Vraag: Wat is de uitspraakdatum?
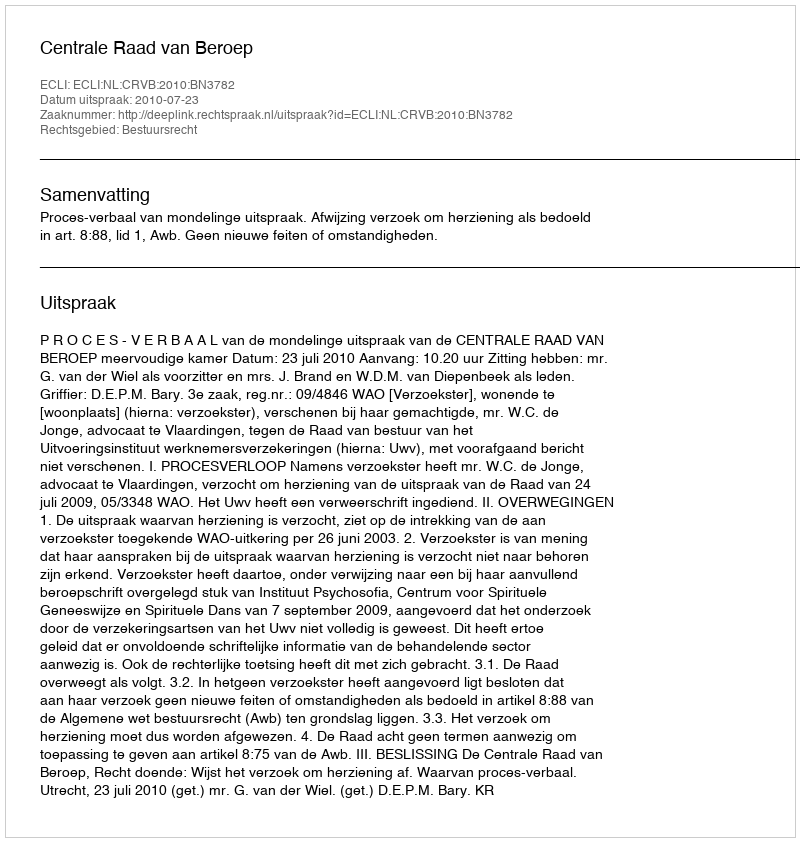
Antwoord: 2010-07-23